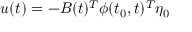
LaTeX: u ( t ) = - B ( t ) ^ { T } \phi ( t _ { 0 } , t ) ^ { T } \eta _ { 0 }